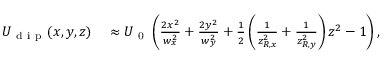
\begin{array} { r l } { U _ { \mathrm { ~ d ~ i ~ p ~ } } ( x , y , z ) } & { { } \approx U _ { \mathrm { ~ 0 ~ } } \left( \frac { 2 x ^ { 2 } } { w _ { x } ^ { 2 } } + \frac { 2 y ^ { 2 } } { w _ { y } ^ { 2 } } + \frac { 1 } { 2 } \left( \frac { 1 } { z _ { R , x } ^ { 2 } } + \frac { 1 } { z _ { R , y } ^ { 2 } } \right) z ^ { 2 } - 1 \right) , } \end{array}